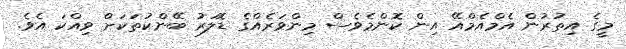
މީގެ އިތުރުން އެމްއެމްއޭ އިން ކޮންމެވެސް މިންވަރެއްގެ ޑޮލަރު ބޭންކުތަކަށް ވިއްކަ އެވެ.